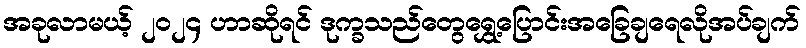
အခုလာမယ့် ၂၀၂၄ ဟာဆိုရင် ဒုက္ခသည်တွေရွှေ့ပြောင်းအခြေချရေလိုအပ်ချက်